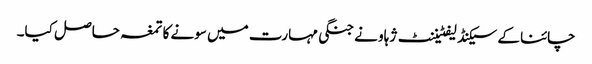
چائنا کے سیکنڈ لیفٹیننٹ ژہاو نے جنگی مہارت میں سونے کا تمغہ حاصل کیا۔